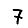
Digit: 7